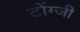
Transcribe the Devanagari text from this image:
टोंग्जी